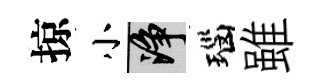
掠小净瑙雖